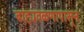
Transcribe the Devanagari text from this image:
बाह्यवळणापासून